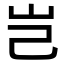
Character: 岂